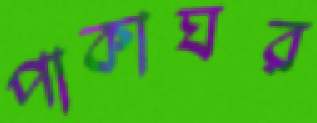
পাকাঘর